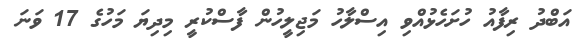
އަބްދު ރިފާއު ހުށަހެޅުއްވި އިސްލާހު މަޖިލީހުން ފާސްކުރީ މިދިޔަ މަހުގެ 17 ވަނަ